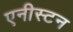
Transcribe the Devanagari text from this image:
एनीस्टन